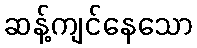
ဆန့်ကျင်နေသော